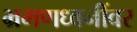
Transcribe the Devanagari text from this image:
भ्रमणध्वनींवर